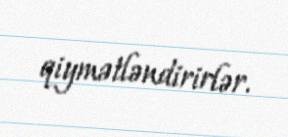
qiymətləndirirlər.